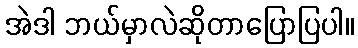
အဲဒါ ဘယ်မှာလဲဆိုတာပြောပြပါ။